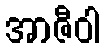
အာဇီဝါ